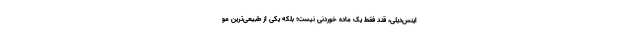
اینس‌دیلی، قند فقط یک ماده خوردنی نیست؛ بلکه یکی از طبیعی‌ترین مو